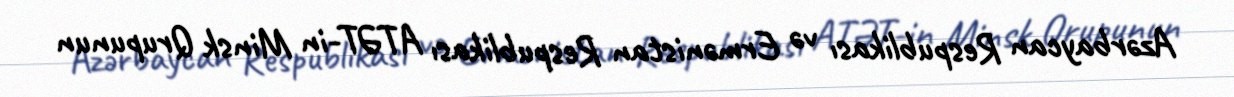
Azərbaycan Respublikası və Ermənistan Respublikası ATƏT-in Minsk Qrupunun